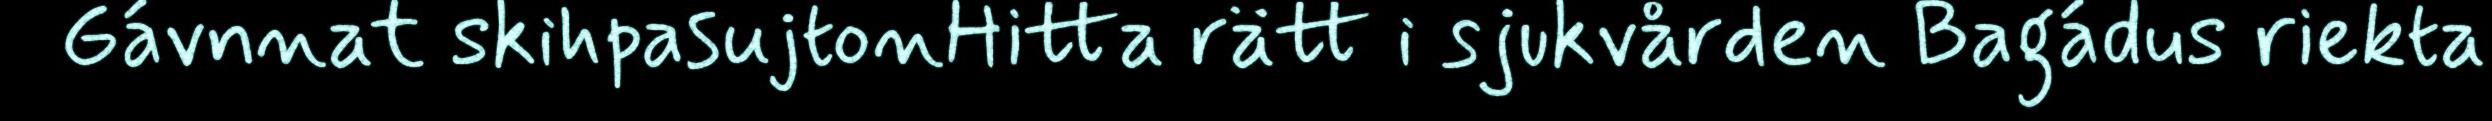
Gávnnat skihpasujtonHitta rätt i sjukvården Bagádus riekta